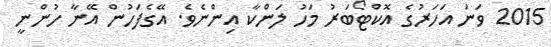
2015 ވަނަ އަހަރުގެ އޮކްޓޯބަރު މަހު ލަންކާ އިންނެވެ. އޭގެފަހުން އޭނާ ހުންނީ